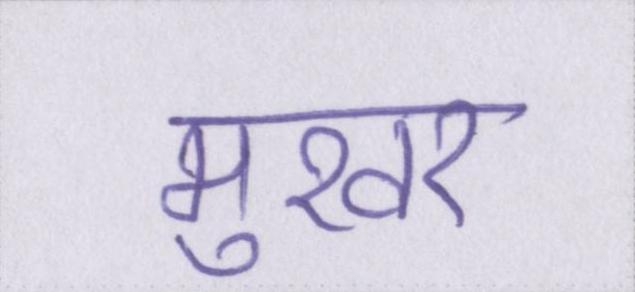
मुखर